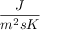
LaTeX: \frac { J } { m ^ { 2 } s K }